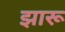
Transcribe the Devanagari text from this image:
झारू